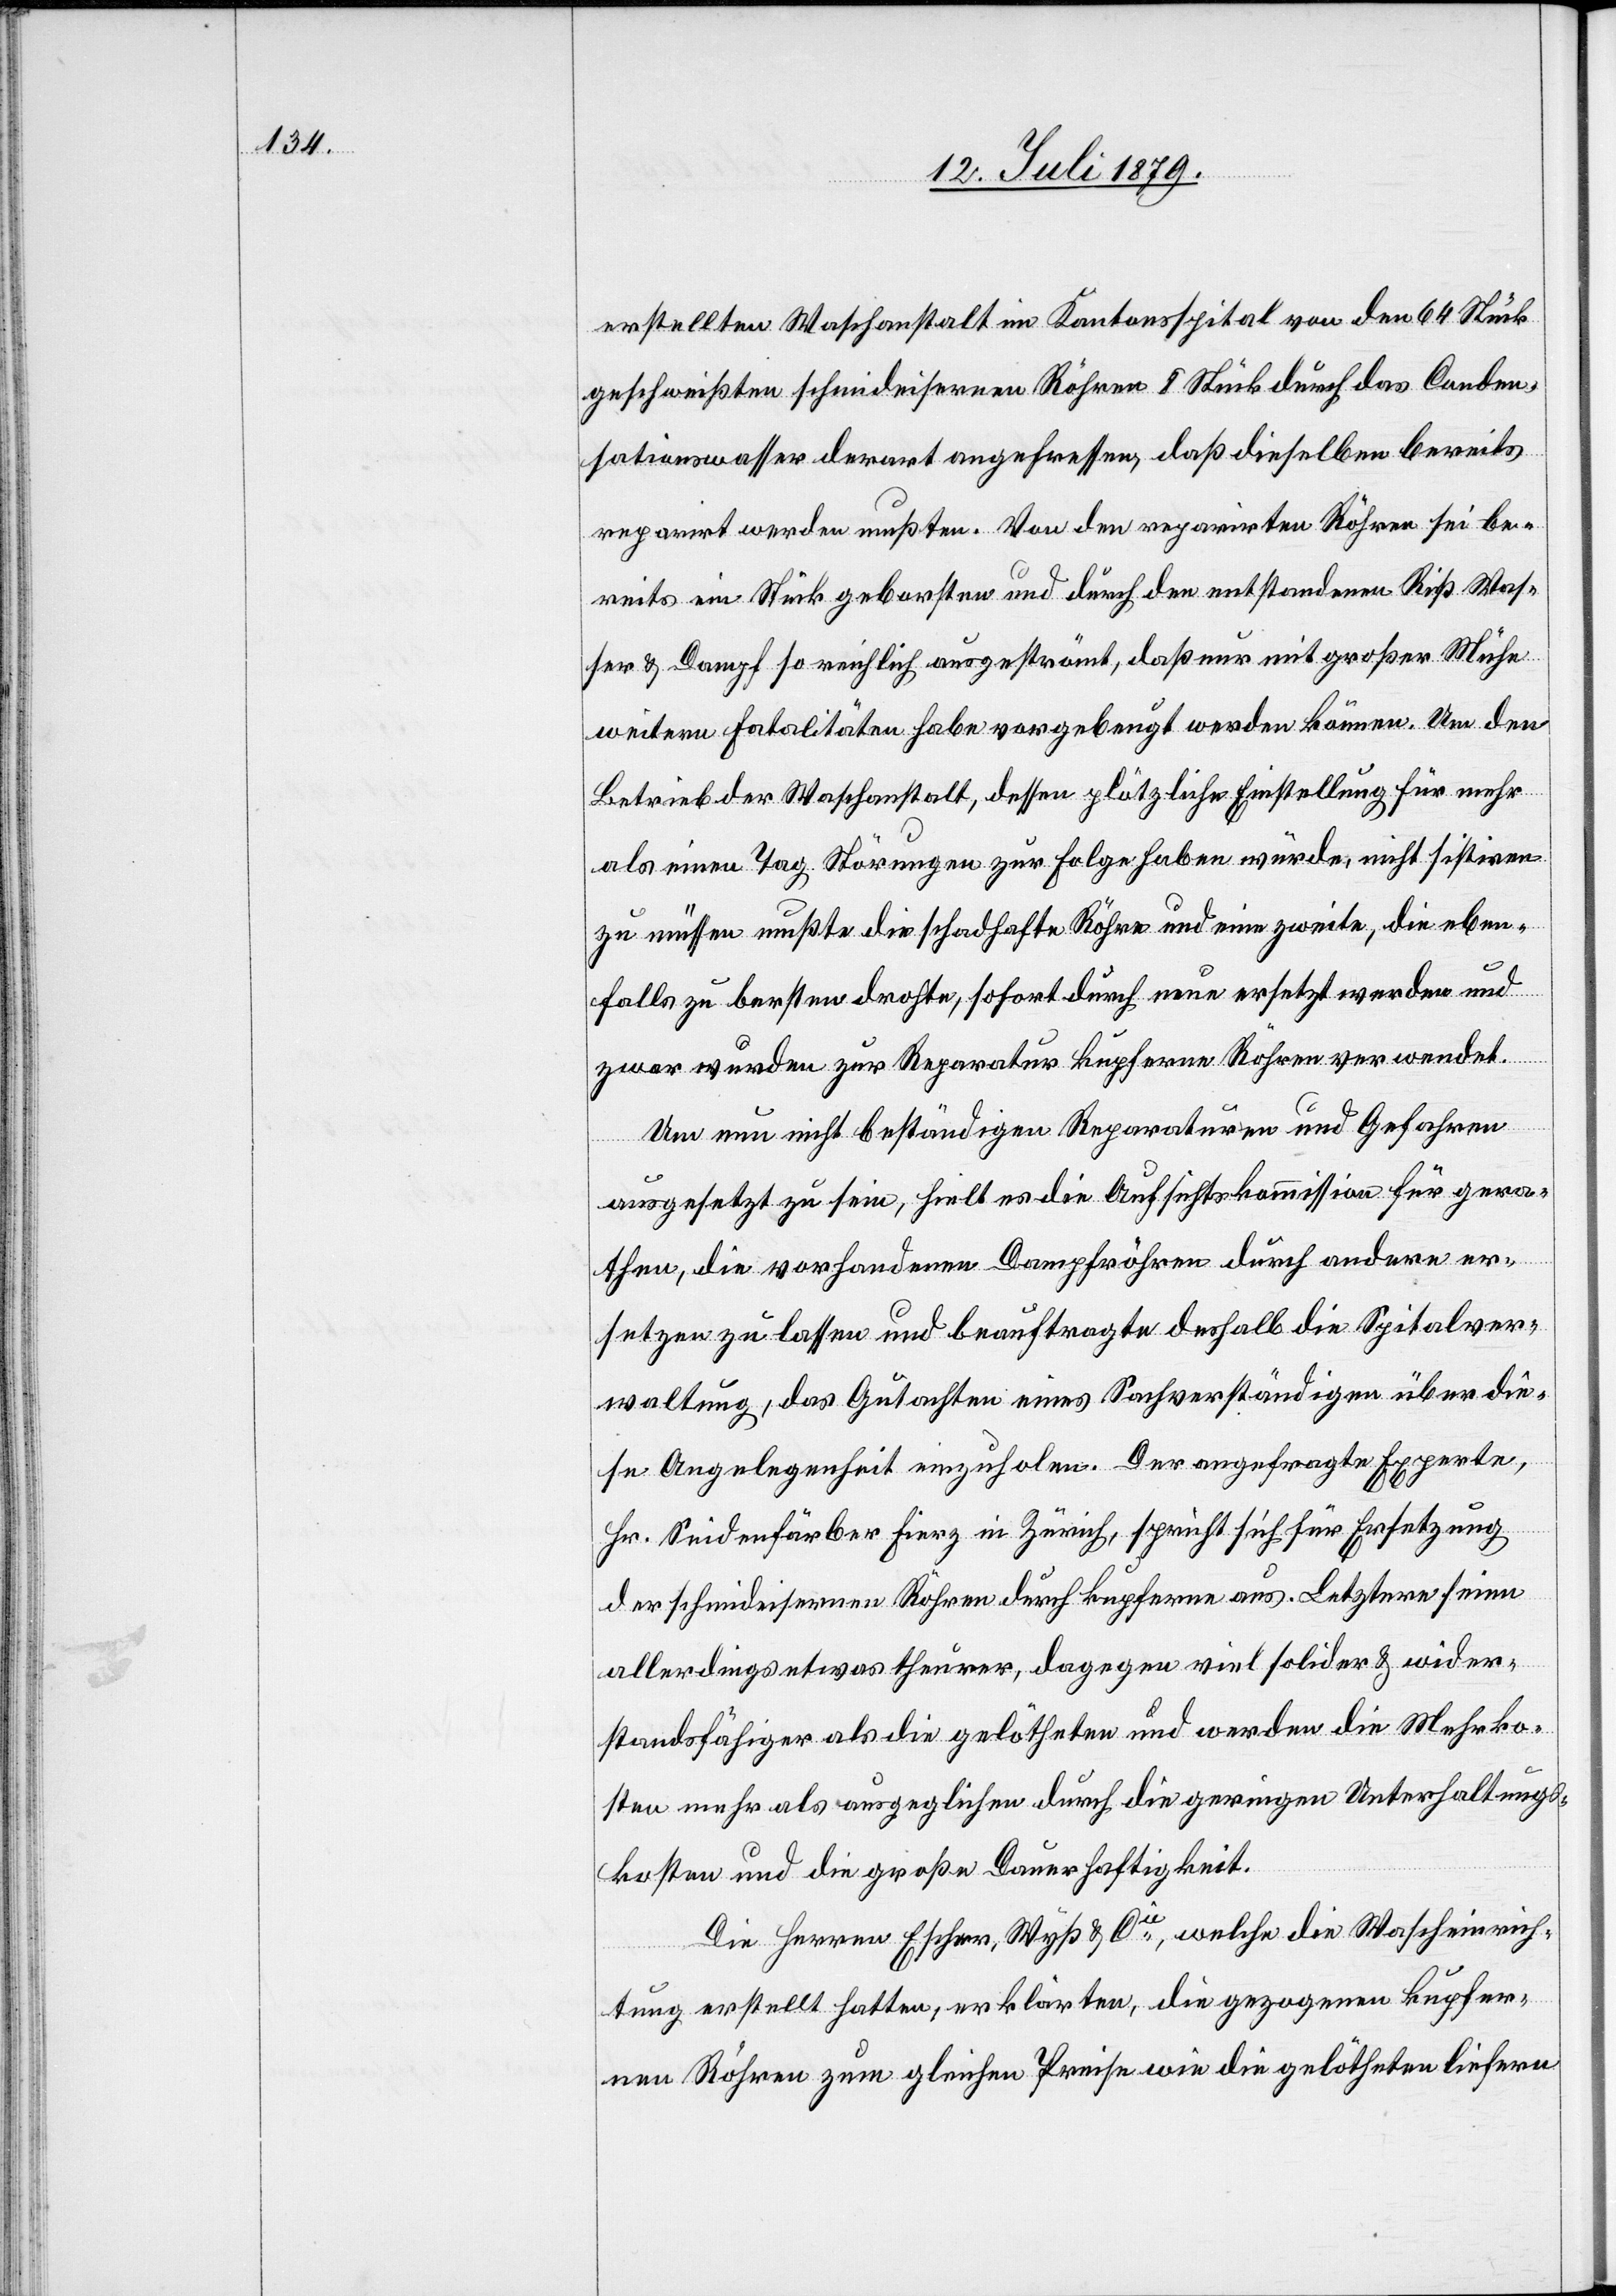
erstellten Waschanstalt im Kantonsspital von den 64 Stück
geschweißten schmiedeisernen Röhren 8 Stück durch das Conden¬
sationswasser derart angefressen, daß dieselben bereits
reparirt werden mußten. Von den reparirten Röhren sei be¬
reits ein Stück geborsten und durch den entstandenen Riß Was¬
ser & Dampf so reichlich ausgeströmt, daß nur mit großer Mühe
weitern Fatalitäten habe vorgebeugt werden können. Um den
Betrieb der Waschanstalt, dessen plötzliche Einstellung für mehr
als einen Tag Störungen zur Folge haben würde, nicht sistiren
zu müssen[,] mußte die schadhafte Röhre und eine zweite, die eben¬
falls zu bersten drohte, sofort durch neue ersetzt werden und
zwar wurden zur Reparatur kupferne Röhren verwendet.
Um nun nicht beständigen Reparaturen und Gefahren
ausgesetzt zu sein, hielt es die Aufsichtskommission für gera¬
then, die vorhandenen Dampfröhren durch andere er¬
setzen zu lassen und beauftragte deshalb die Spitalver¬
waltung, das Gutachten eines Sachverständigen über die¬
se Angelegenheit einzuholen. Der angefragte Experte,
Hr. Seidenfärber Fierz in Zürich, spricht sich für Ersetzung
der schmiedeisernen Röhren durch kupferne aus. Letztere seien
allerdings etwas theurer, dagegen viel solider & wider¬
standsfähiger als die gelötheten und werden die Mehrko¬
sten mehr als ausgeglichen durch die geringen Unterhaltungs¬
kosten und die große Dauerhaftigkeit.
Die Herren Escher, Wyß & Cie, welche die Wascheinrich¬
tung erstellt hatten, erklärten, die gezogenen kupfer¬
nen Röhren zum gleichen Preise wie die gelötheten liefern